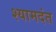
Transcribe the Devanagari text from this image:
श्यामदंत